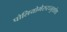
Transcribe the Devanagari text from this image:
पोलियोमेरुरज्जुशोथ